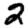
Digit: 2